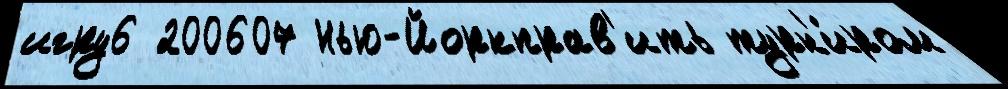
игру6 200607 Нью-Йоркправ'ить турн'и́ром